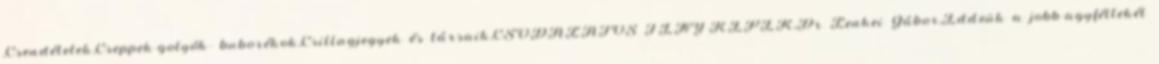
,Csendéletek,Cseppek-golyók- buborékok,Csillagjegyek és társaik,CSODÁLATOS FÉNY-KÉPEK,Dr Lenkei Gábor,Eddzük a jobb-agyféltekét